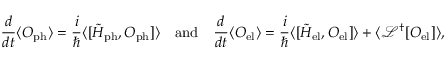
\frac { d } { d t } \langle O _ { \mathrm { p h } } \rangle = \frac { i } { \hbar } \langle [ \tilde { H } _ { \mathrm { p h } } , O _ { \mathrm { p h } } ] \rangle \quad \mathrm { a n d } \quad \frac { d } { d t } \langle O _ { \mathrm { e l } } \rangle = \frac { i } { \hbar } \langle [ \tilde { H } _ { \mathrm { e l } } , O _ { \mathrm { e l } } ] \rangle + \langle \mathcal { L } ^ { \dagger } [ O _ { \mathrm { e l } } ] \rangle ,